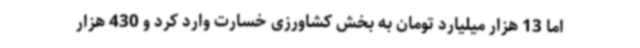
اما 13 هزار میلیارد تومان به بخش کشاورزی خسارت وارد کرد و 430 هزار